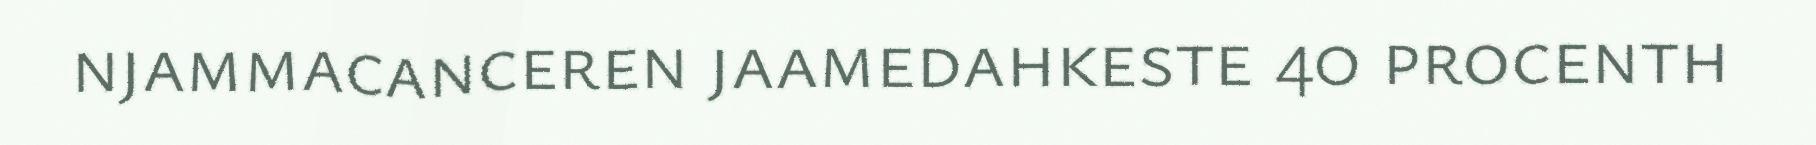
njammacanceren jaamedahkeste 40 procenth